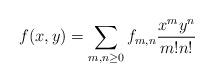
LaTeX: \begin{align*}f(x,y)=\sum_{m,n\geq0}f_{m,n}\frac{x^m y^n}{m!n!}\end{align*}